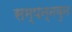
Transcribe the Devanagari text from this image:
सम्पन्नवुन